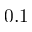
0 . 1